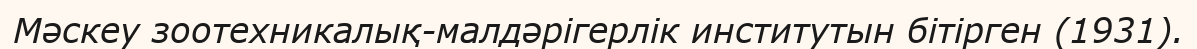
Мәскеу зоотехникалық-малдәрігерлік институтын бітірген (1931).